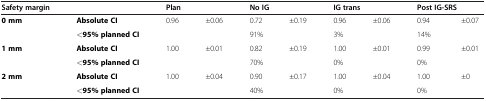
<table><thead><tr><td><b>Safety margin</b></td><td><b> </b></td><td colspan="2"><b>Plan</b></td><td colspan="2"><b>No IG</b></td><td colspan="2"><b>IG trans</b></td><td colspan="2"><b>Post IG-SRS</b></td></tr></thead><tbody><tr><td><b>0 mm</b></td><td><b>Absolute CI</b></td><td>0.96</td><td>±0.06</td><td>0.72</td><td>±0.19</td><td>0.96</td><td>±0.06</td><td>0.94</td><td>±0.07</td></tr><tr><td> </td><td><b>&lt;95% planned CI</b></td><td colspan="2"> </td><td colspan="2">91%</td><td colspan="2">3%</td><td colspan="2">14%</td></tr><tr><td><b>1 mm</b></td><td><b>Absolute CI</b></td><td>1.00</td><td>±0.01</td><td>0.82</td><td>±0.19</td><td>1.00</td><td>±0.01</td><td>0.99</td><td>±0.01</td></tr><tr><td> </td><td><b>&lt;95% planned CI</b></td><td colspan="2"> </td><td colspan="2">70%</td><td colspan="2">0%</td><td colspan="2">0%</td></tr><tr><td><b>2 mm</b></td><td><b>Absolute CI</b></td><td>1.00</td><td>±0.04</td><td>0.90</td><td>±0.17</td><td>1.00</td><td>±0.04</td><td>1.00</td><td>±0</td></tr><tr><td> </td><td><b>&lt;95% planned CI</b></td><td colspan="2"> </td><td colspan="2">40%</td><td colspan="2">0%</td><td colspan="2">0%</td></tr></tbody></table>